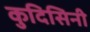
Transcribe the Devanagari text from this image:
कुदिसिनी